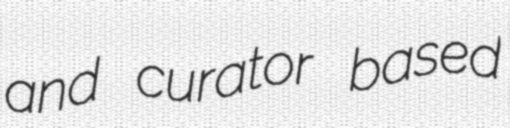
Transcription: and curator based